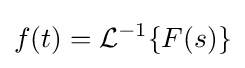
f(t)={\mathcal {L}}^{-1}\{F(s)\}